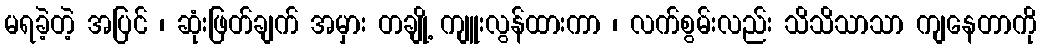
မရခဲ့တဲ့ အပြင် ၊ ဆုံးဖြတ်ချက် အမှား တချို့ ကျူးလွန်ထားကာ ၊ လက်စွမ်းလည်း သိသိသာသာ ကျနေတာကို